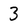
Character: 3